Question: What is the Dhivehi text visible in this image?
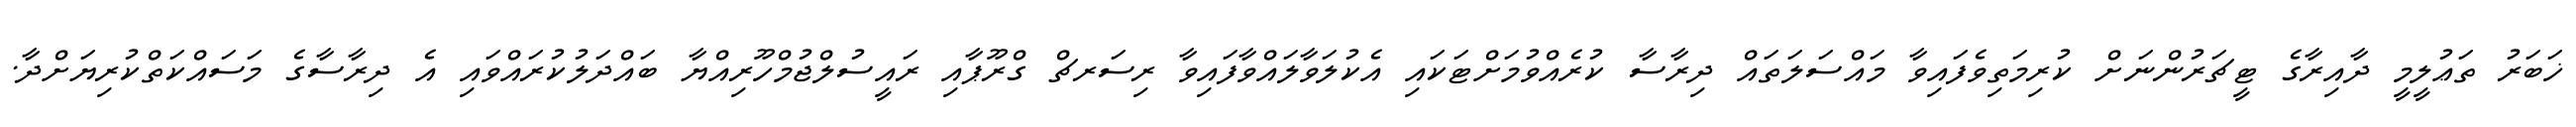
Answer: ޚަބަރު ތަޢުލީމީ ދާއިރާގެ ޓީޗަރުންނަށް ކުރިމަތިވެފައިވާ މައްސަލަތައް ދިރާސާ ކުރެއްވުމަށްޓަކައި އެކުލަވާލައްވާފައިވާ ރިސަރޗް ގްރޫޕާއި ރައީސުލްޖުމްހޫރިއްޔާ ބައްދަލުކުރައްވައި އެ ދިރާސާގެ މަސައްކަތްކުރިޔަށްދާ.